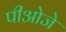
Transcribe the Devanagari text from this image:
पीओजे